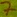
Text: 7